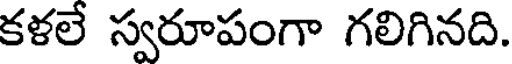
కళలే స్వరూపంగా గలిగినది.